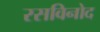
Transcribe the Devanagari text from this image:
रसविनोद